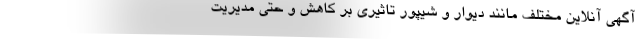
آگهی آنلاین مختلف مانند دیوار و شیپور تاثیری بر کاهش و حتی مدیریت